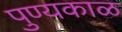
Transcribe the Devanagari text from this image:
पुण्यकाळ